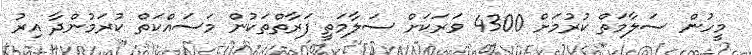
މީހުން ސަލާމަތް ކުރުމަށް 4300 ވަރަކަށް ސަލާމަތީ ފަރާތްތަކުން މަސައްކަތް ކުރަމުންދާ އިރު